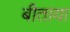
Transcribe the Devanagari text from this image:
बीताया